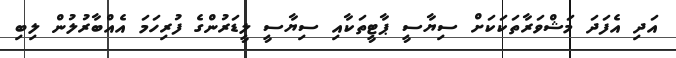
އަދި އެފަދަ މަޝްވަރާތަކަކަށް ސިޔާސީ ޕާޓީތަކާއި ސިޔާސީ ލީޑަރުންގެ ފުރިހަމަ އެއްބާރުލުން ލިބި